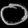
Digit: ၀